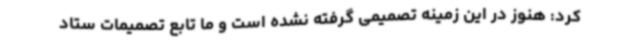
کرد: هنوز در این زمینه تصمیمی گرفته نشده است و ما تابع تصمیمات ستاد